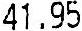
41.95